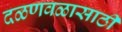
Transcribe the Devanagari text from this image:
दळणवळासाठी